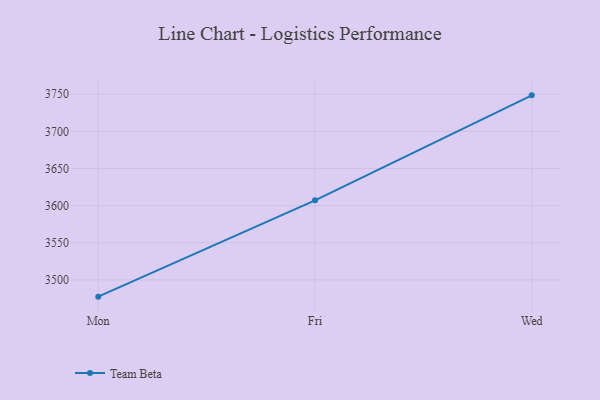
{"axis": {"x": "Day", "y": "Energy Usage (MWh)"}, "legend": ["Team Beta"], "data": [{"x": "Mon", "y": 3477.5, "type": "Team Beta"}, {"x": "Fri", "y": 3607.1, "type": "Team Beta"}, {"x": "Wed", "y": 3748.4, "type": "Team Beta"}]}